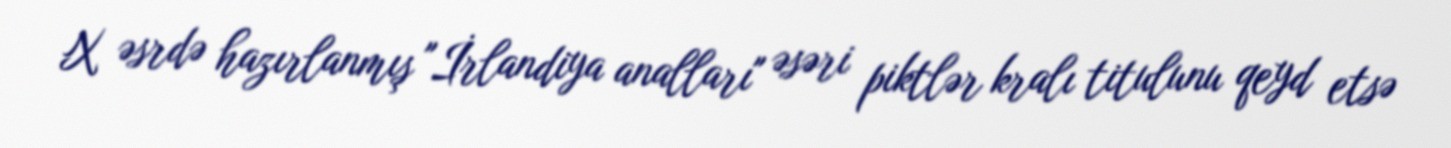
X əsrdə hazırlanmış "İrlandiya analları" əsəri piktlər kralı titulunu qeyd etsə